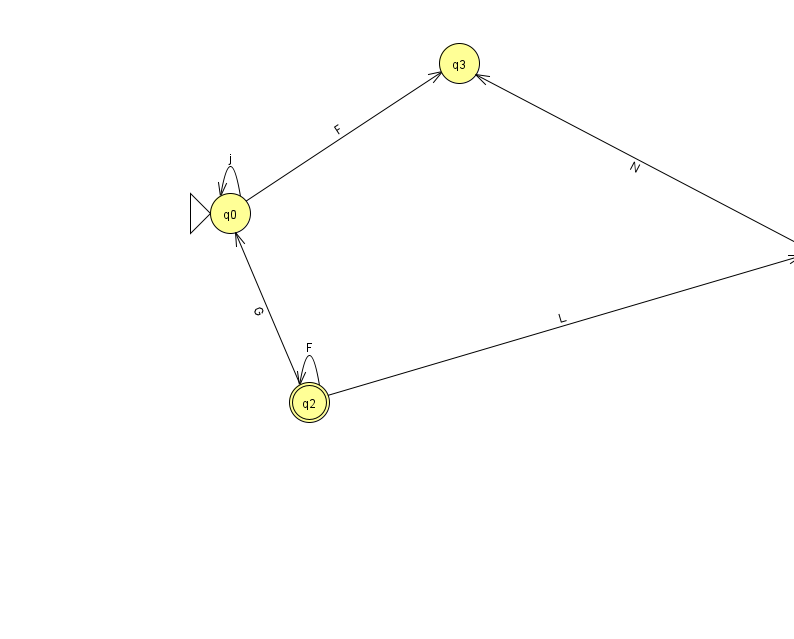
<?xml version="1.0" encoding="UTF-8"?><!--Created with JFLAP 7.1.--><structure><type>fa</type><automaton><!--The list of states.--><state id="0" name="q0"><x>230.0</x><y>200.0</y><initial/></state><state id="1" name="q1"><x>821.0</x><y>239.0</y></state><state id="2" name="q2"><x>309.0</x><y>389.0</y><final/></state><state id="3" name="q3"><x>459.0</x><y>50.0</y></state><!--The list of transitions.--><transition><from>1</from><to>1</to><read>a</read></transition><transition><from>0</from><to>3</to><read>F</read></transition><transition><from>1</from><to>3</to><read>N</read></transition><transition><from>2</from><to>2</to><read>F</read></transition><transition><from>0</from><to>0</to><read>j</read></transition><transition><from>2</from><to>1</to><read>L</read></transition><transition><from>2</from><to>0</to><read>G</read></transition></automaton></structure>